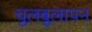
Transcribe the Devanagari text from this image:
चुलबुलापन